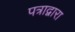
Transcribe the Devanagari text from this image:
पत्राद्वारा